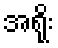
အရိုး